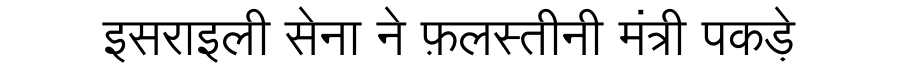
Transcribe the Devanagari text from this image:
इसराइली सेना ने फ़लस्तीनी मंत्री पकड़े